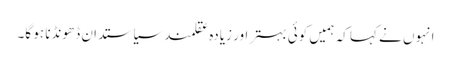
انہوں نے کہا کہ ہمیں کوئی بہتر اور زیادہ عقلمند سیاستدان ڈھونڈنا ہو گا۔